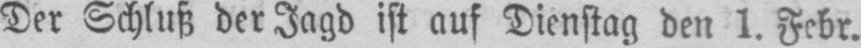
Der Schluß der Jagd ist auf Dienstag den 1. Febr.